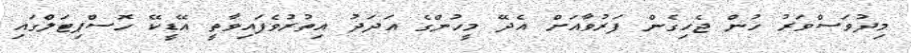
މިދުވަސްވަރު ހުން ޖެހިގެން ފަރުވާއަށް އެދޭ މީހުންގެ އަދަދު އިތުރުވެފައިވާތީ އޭޑީކޭ ހޮސްޕިޓަލްގައި